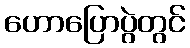
ဟောပြောပွဲတွင်